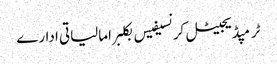
ٹرمپڈیجیٹل کرنسیفیس بکلبرامالیاتی ادارے